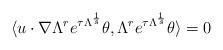
LaTeX: \begin{align*}\langle u\cdot\nabla \Lambda^r e^{\tau\Lambda^{\frac{1}{s}}}\theta,\Lambda^r e^{\tau\Lambda^{\frac{1}{s}}}\theta\rangle=0\end{align*}